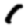
Digit: 1